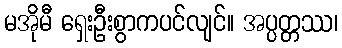
မအိုမီ ရှေးဦးစွာကပင်လျင်။ အပ္ပတ္တဿ၊